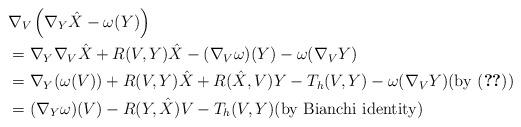
LaTeX: \begin{align*}&\nabla_V \left(\nabla_Y \hat X - \omega(Y )\right) \\&= \nabla_Y \nabla_V \hat X + R(V, Y)\hat X - (\nabla_V \omega)(Y) - \omega(\nabla_V Y)\\&=\nabla_Y (\omega (V)) + R(V, Y) \hat X + R(\hat X, V) Y - T_h (V, Y) - \omega(\nabla_V Y)\mbox{(by \eqref{eq:ODE})}\\&=(\nabla_Y \omega )(V) - R(Y, \hat X) V - T_h (V, Y)\mbox{(by Bianchi identity)}\end{align*}